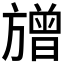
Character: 𱡷